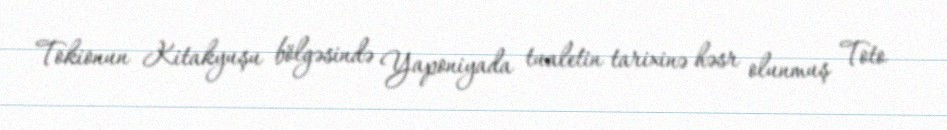
Tokionun Kitakyuşu bölgəsində Yaponiyada tualetin tarixinə həsr olunmuş Toto